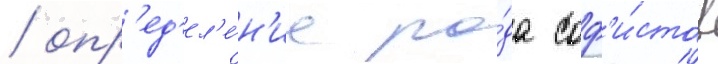
/ опр'ед'ел'е́н'ие ро́да соф'и́стов